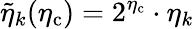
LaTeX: \tilde{\eta}_{k}(\eta_{\mathrm{c}})=2^{\eta_{\mathrm{c}}}\cdot\eta_{k}